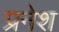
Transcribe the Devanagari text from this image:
प्रनेश